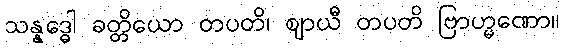
သန္နဒ္ဓေါ ခတ္တိယော တပတိ၊ ဈာယီ တပတိ ဗြာဟ္မဏော။